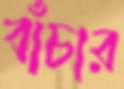
বাঁচার